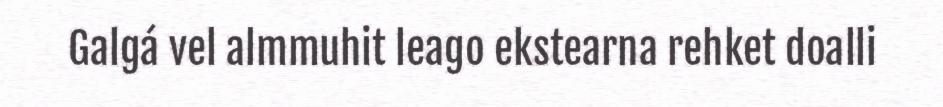
Galgá vel almmuhit leago ekstearna rehket doalli